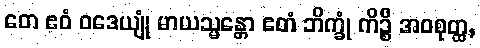
တေ ဧဝံ ဝဒေယျုံ မာယသ္မန္တော ဧတံ ဘိက္ခုံ ကိဉ္စိ အဝစုတ္ထ,